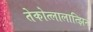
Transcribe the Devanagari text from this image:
तेकोत्लालात्झिन